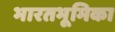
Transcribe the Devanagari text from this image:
भारतभूमिका